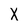
Character: X